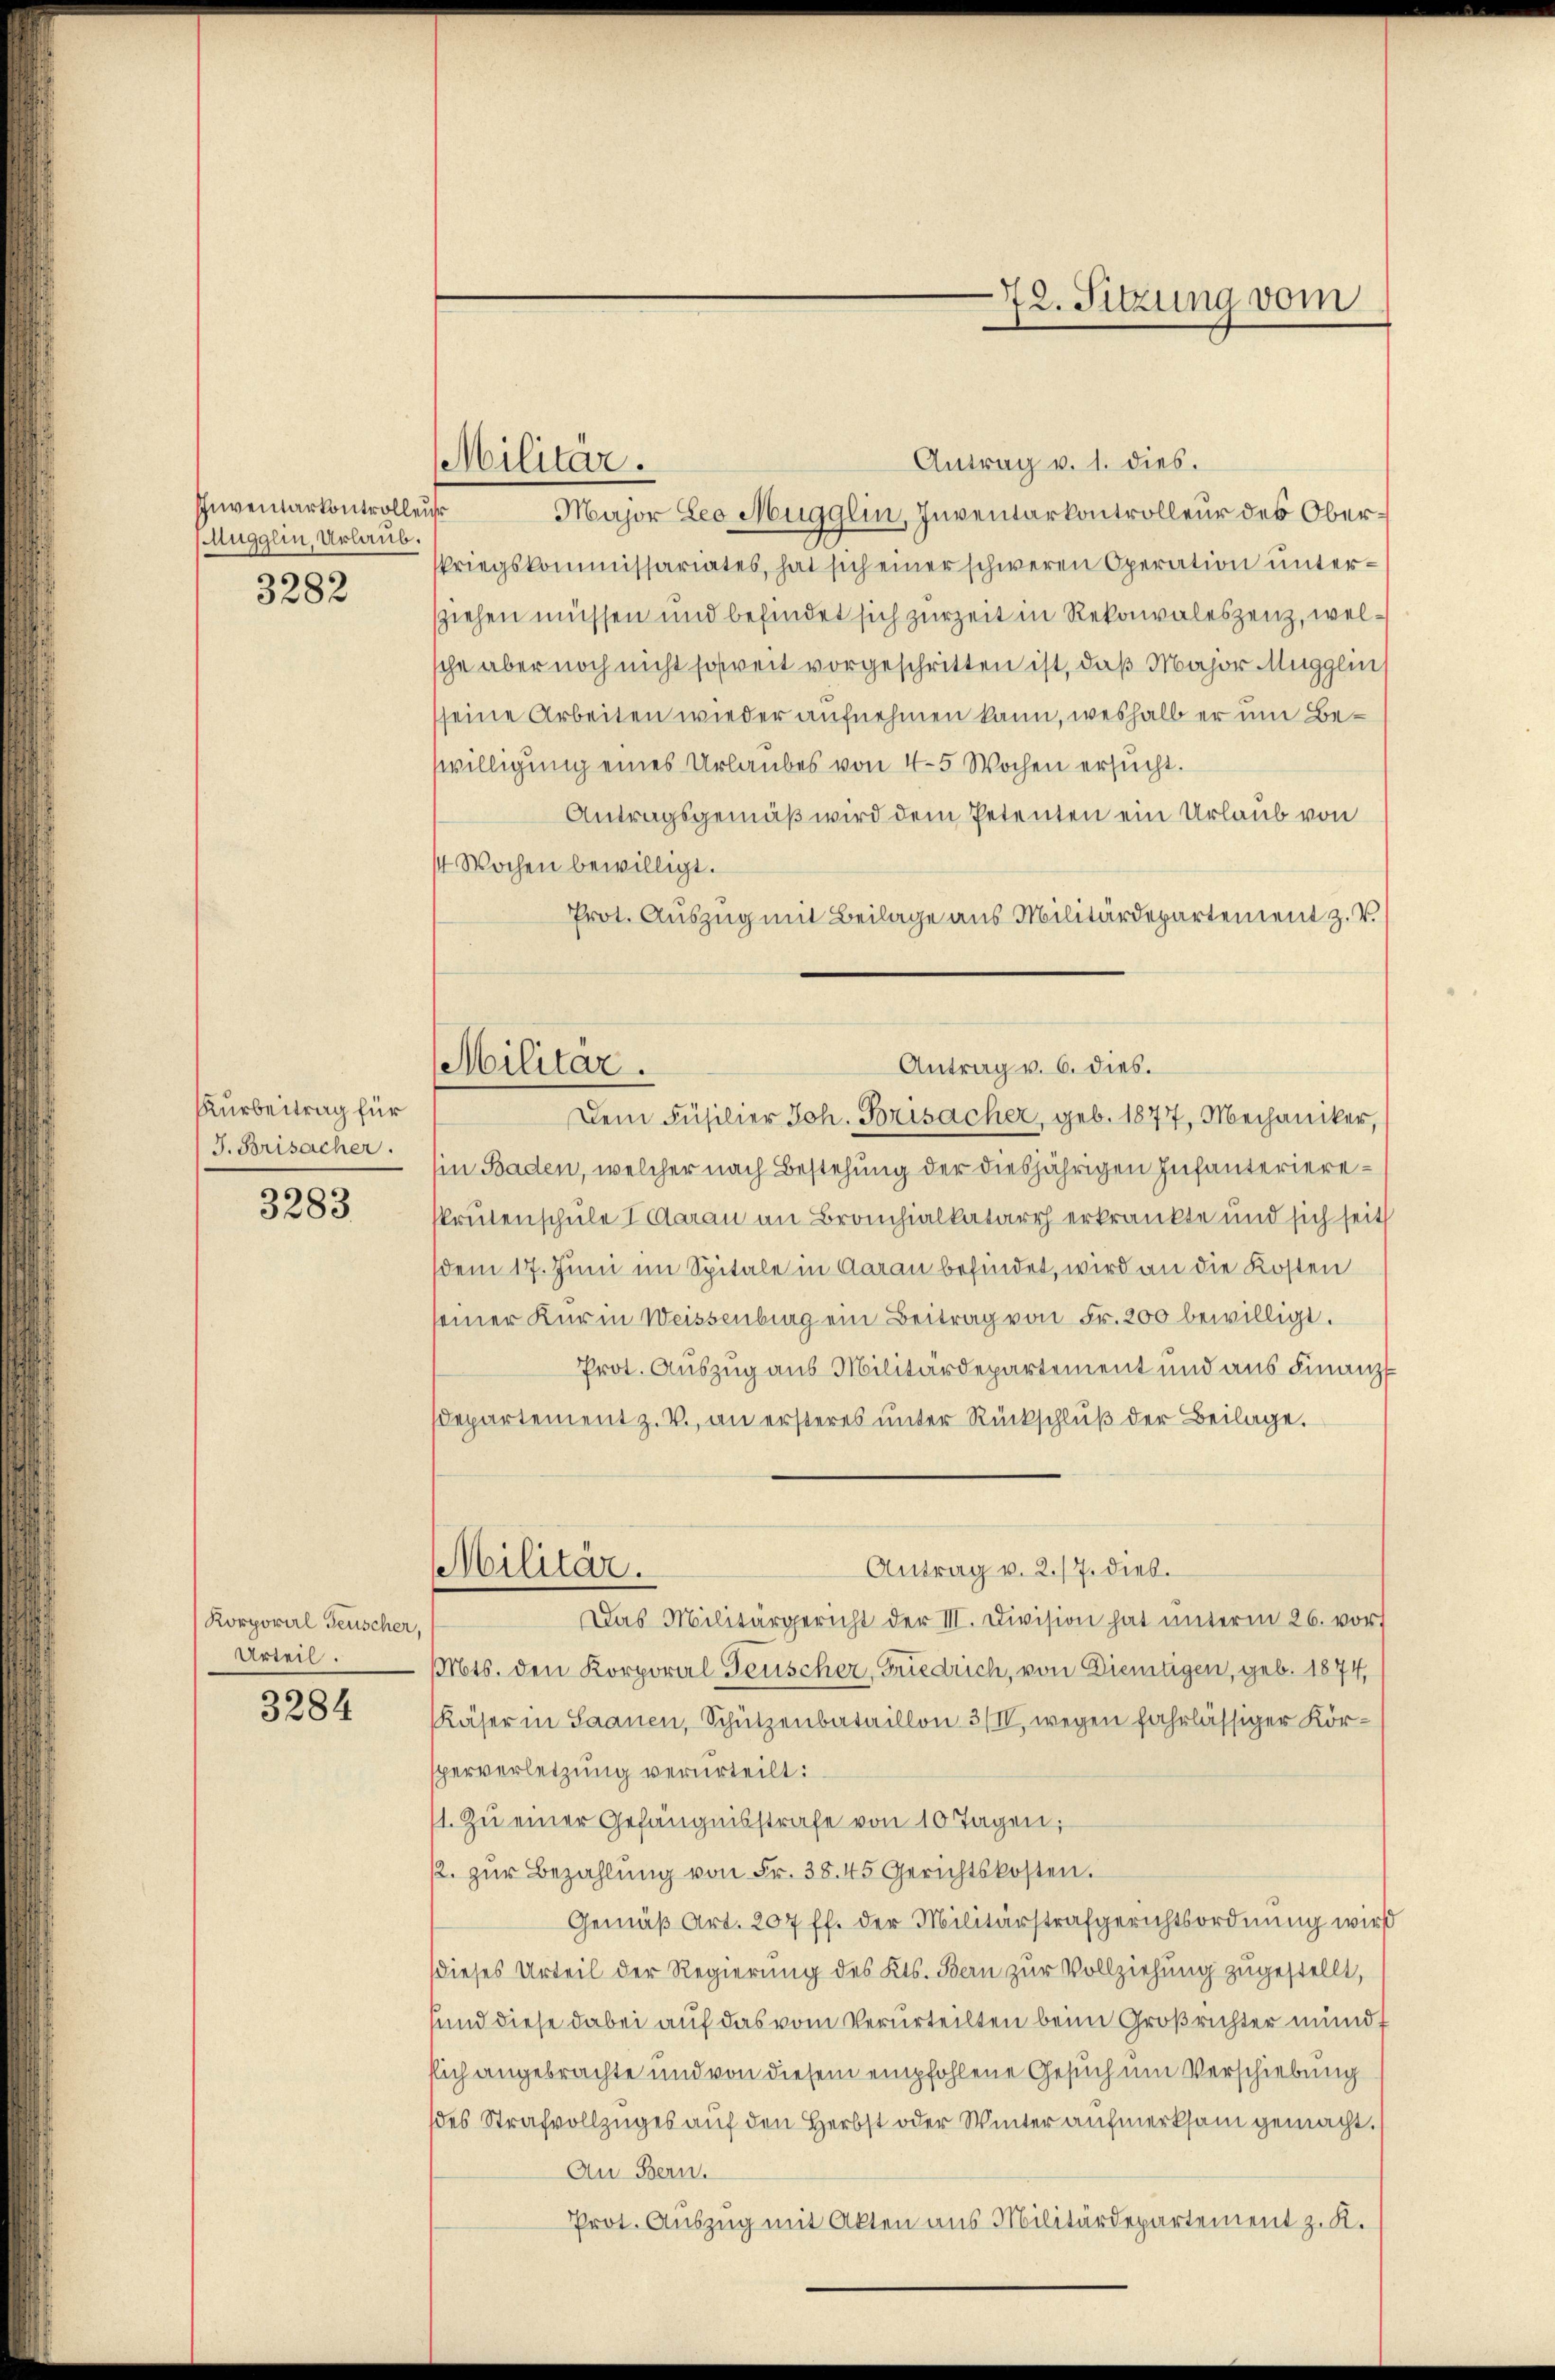
Inventarkontrolleur
Auggen, Urlaub.
3282

Kurbeitrag für
J. Brisacher.

3283

Korporal Feuscher,
Urteil.

3284

72. Sitzung vom

Militär.

Militär.

Antrag v. 1. dies.
Major Leo Mugglin, Inventarkontrolleur des Oberkriegskommissariates, hat sich einer schweren Operation untersziehen müssen und befindet sich zur Zeit in Rekonvaleszenz, welsche aber noch nicht soweit vorgeschritten ist, daß Major Mugglin
sseine Arbeiten wieder aufnehmen kann, weshalb er um Bewilligung eines Urlaubes von 4-5 Wochen ersucht.
Antragsgemäß wird dem Petenten ein Urlaub von
4 Wochen bewilligt.
Prot. Auszug mit Beilage aus Militärdepartement z. V.
Dem Füsilier Joh. Frisacher, geb. 1877, Mechaniker,
Ein Baden, welcher nach Bestehung der diesjährigen Infanteriereskrutenschule I Aarau an Bronchialkatarrh erkränkte und sich seit
(dem 17. Juni im Spitale in Aarau befindet, wird an die Kosten
seiner Kur in Weissenburg ein Beitrag von Fr. 200 bewilligt.
Prot. Auszug aus Militärdepartement und aus Finanz
departement z. V., an ersteres unter Rückschluß der Beilage.
Antrag v. 2./7. dies.
Militär.
Das Militärgericht der III. Division hat ŭnterm 26. vor
Mts. den Korporal Feuscher, Friedrich, von Dientigen, geb. 1874,
Käser in Saanen, Schützenbataillon 3/IV, wegen fahrlässiger Körsperverletzung verurteilt:
1. Zu einer Gefängnisstrafe von 10 Tagen;
12. zŭr Bezahlŭng von Fr. 38. 45 Gerichtskosten.
Gemäβ Art. 207 ff. der Militärstrafgerichtsordnung wird
dieses Urteil der Regierung des Kts. Bern zur Vollziehung zugestellt,
und diese dabei auf das vom Verurteilten beim Großrichter mund
flich angebrachte und von diesem empfohlene Gesuch um Verschiebung
des Strafvollzuges auf den Herbst oder Winter aufmerksam gemacht.
Au Bern.
Prot. Auszug mit Akten aus Militärdepartement z. K.

Antrag v. 6. dies.